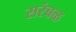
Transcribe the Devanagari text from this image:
सरंबळ